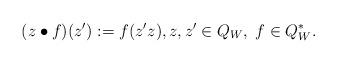
LaTeX: \begin{align*}(z\bullet f)(z'):=f(z'z), z,z'\in Q_W,\; f\in Q_W^*.\end{align*}